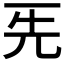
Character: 𠀡